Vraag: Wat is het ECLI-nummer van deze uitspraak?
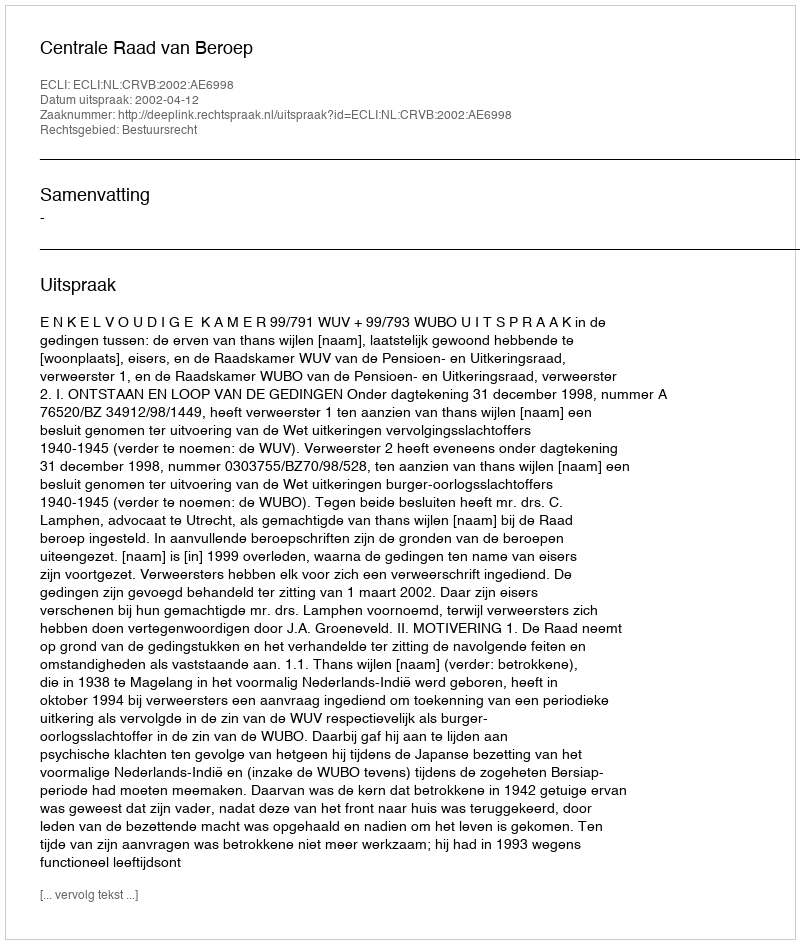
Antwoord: ECLI:NL:CRVB:2002:AE6998